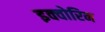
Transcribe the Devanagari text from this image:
इक्वोरिन